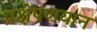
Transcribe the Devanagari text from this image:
प्रक्षेपणयान